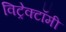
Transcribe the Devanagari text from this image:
विट्रेक्टॉमी